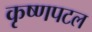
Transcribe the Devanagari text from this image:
कृष्णपटल